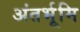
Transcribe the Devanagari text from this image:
अंतर्भूमि